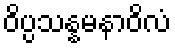
ဝိပ္ပသန္နမနာဝိလံ